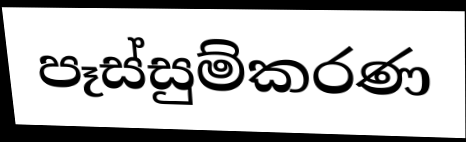
පෑස්සුම්කරණ